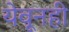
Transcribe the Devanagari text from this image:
येवूनही